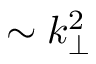
\sim k _ { \perp } ^ { 2 }